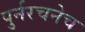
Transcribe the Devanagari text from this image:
पुर्नरचनेच